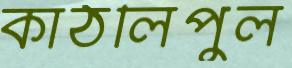
কাঠলিপুল